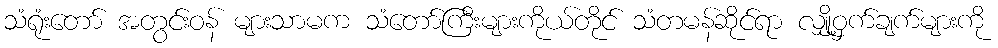
သံရုံးတော် အတွင်းဝန် များသာမက သံတော်ကြီးများကိုယ်တိုင် သံတမန်ဆိုင်ရာ လျှို့ဝှက်ချက်များကို